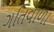
ગતિવાળા